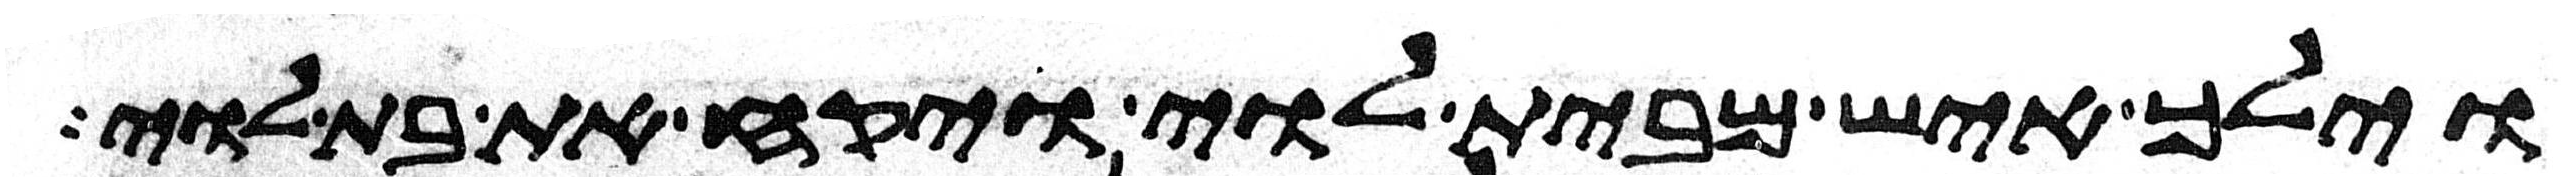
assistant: וילך איש מבית לוי ויקח את בת לוי